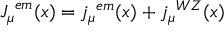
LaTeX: { J _ { \mu } } ^ { e m } ( x ) = { j _ { \mu } } ^ { e m } ( x ) + { j _ { \mu } } ^ { W Z } ( x )